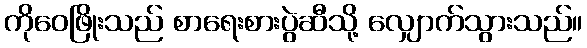
ကိုဝေဖြိုးသည် စာရေးစားပွဲဆီသို့ လျှောက်သွားသည်။